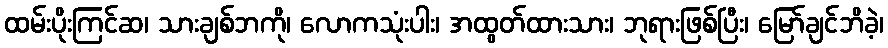
ထမ်းပိုးကြင်ဆ၊ သားချစ်ဘကို၊ လောကသုံးပါး၊ အထွတ်ထားသား၊ ဘုရားဖြစ်ပြီး၊ မြော်ချင်ဘိခဲ့၊